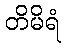
တိမိရံ